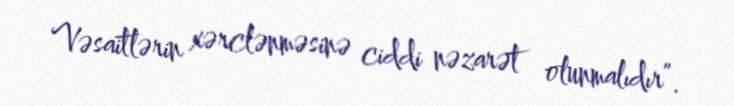
Vəsaitlərin xərclənməsinə ciddi nəzarət olunmalıdır”.